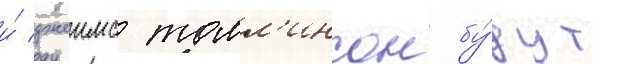
и́ джеимс томл'инсон бу́дут